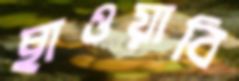
ছাওয়াবি